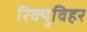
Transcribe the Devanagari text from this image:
रिक्युविहर